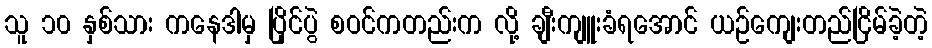
သူ ၁၀ နှစ်သား ကနေဒါမှ ပြိုင်ပွဲ စဝင်ကတည်းက လို့ ချီးကျူးခံရအောင် ယဉ်ကျေးတည်ငြိမ်ခဲ့တဲ့